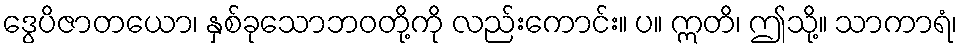
ဒွေပိဇာတယော၊ နှစ်ခုသောဘဝတို့ကို လည်းကောင်း။ ပ။ ဣတိ၊ ဤသို့။ သာကာရံ၊